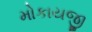
મોકાયજી